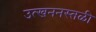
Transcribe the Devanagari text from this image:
उत्खननस्तळी